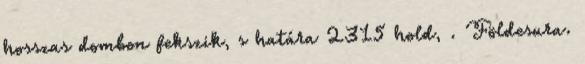
hosszas dombon fekszik, s határa 2315 hold, . Földesura.